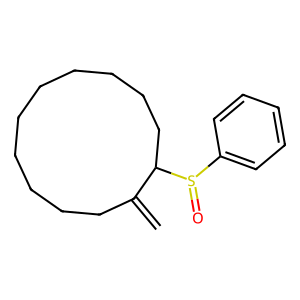
SMILES: C=C1CCCCCCCCCCC1S(=O)c1ccccc1
Inhibits HIV replication: No